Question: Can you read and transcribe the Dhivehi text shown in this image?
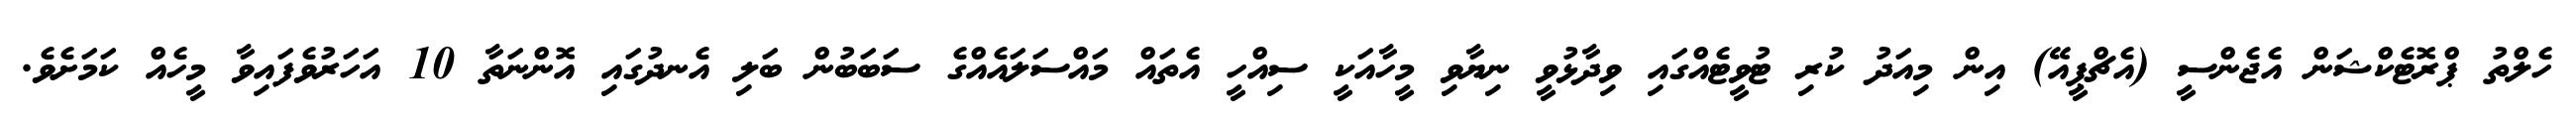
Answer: ހެލްތު ޕްރޮޓެކްޝަން އެޖެންސީ (އެޗްޕީއޭ) އިން މިއަދު ކުރި ޓުވީޓެއްގައި ވިދާޅުވީ ނިޔާވި މީހާއަކީ ސިއްހީ އެތައް މައްސަލައެއްގެ ސަބަބުން ބަލި އެނދުގައި އޮންނަތާ 10 އަހަރުވެފައިވާ މީހެއް ކަމަށެވެ.